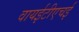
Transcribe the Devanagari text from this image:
वायईटीएचई